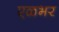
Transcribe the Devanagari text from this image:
एळभर